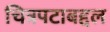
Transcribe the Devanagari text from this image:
चित्रपटाबद्दल